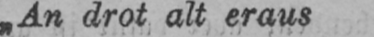
„An drot alt eraus